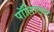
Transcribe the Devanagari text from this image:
पॉलिग्लाट